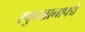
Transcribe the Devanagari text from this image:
स्फुरन्नानापद्मे